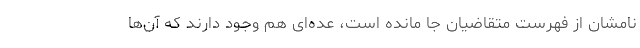
نامشان از فهرست متقاضیان جا مانده است، عده‌ای هم وجود دارند که آن‌ها